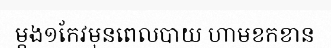
ម្តង១កែវមុនពេលបាយ ហាមខកខាន